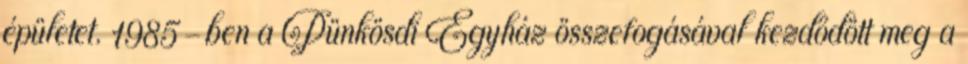
épületet. 1985-ben a Pünkösdi Egyház összefogásával kezdődött meg a